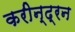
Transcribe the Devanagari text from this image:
करीन्द्रन